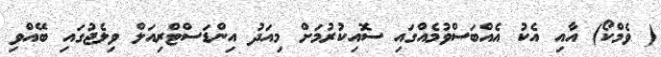
( ވެމްކޯ) އާއި އެކު އެއްބަަސްވުމެއްގައި ސޮއިކުރުމަށް މިއަދު އިންޑަސްޓްރިއަލް ވިލެޖުގައި ބޭއްވި